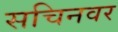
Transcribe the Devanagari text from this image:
सचिनवर